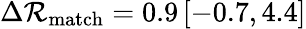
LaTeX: \Delta\mathcal{R}_{\mathrm{{match}}}=0.9\, [-0.7,4.4]